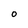
Character: O